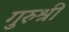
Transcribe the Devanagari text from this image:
गुरुश्री